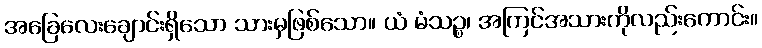
အခြေလေးချောင်းရှိသော သားမှဖြစ်သော။ ယံ မံသဉ္စ၊ အကြင်အသားကိုလည်းကောင်း။